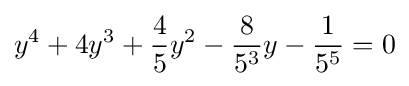
y^{4}+4y^{3}+{\frac {4}{5}}y^{2}-{\frac {8}{5^{3}}}y-{\frac {1}{5^{5}}}=0